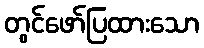
တွင်ဖော်ပြထားသော